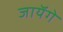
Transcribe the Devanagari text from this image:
जायॅगे